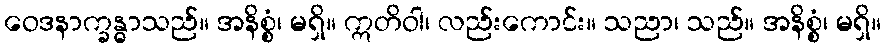
ဝေဒနာက္ခန္ဓာသည်။ အနိစ္စံ၊ မရှိ။ ဣတိဝါ၊ လည်းကောင်း။ သညာ၊ သည်။ အနိစ္စံ၊ မရှိ။